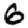
Digit: 6